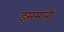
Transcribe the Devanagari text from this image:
इसमांनी